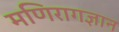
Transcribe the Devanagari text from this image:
मणिरागज्ञान